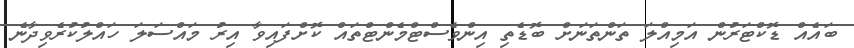
ބައެއް ޑޮކްޓަރުން އަމިއްލަ ތަންތަނަށް ބޮޑެތި އިންވެސްޓްމެންޓްތައް ކޮށްފައިވާ އިރު މައްސަލަ ހައްލުކުރެވިދާނެ